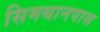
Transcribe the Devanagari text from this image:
सिमथानपास